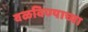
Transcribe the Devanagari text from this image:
वळविण्याच्या